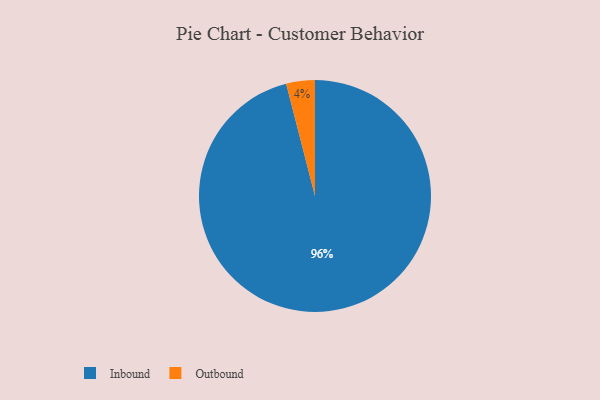
{"axis": {"x": "Category", "y": "Percentage"}, "legend": ["Inbound", "Outbound"], "data": [{"x": "Outbound", "y": 4, "type": "Outbound"}, {"x": "Inbound", "y": 96, "type": "Inbound"}]}